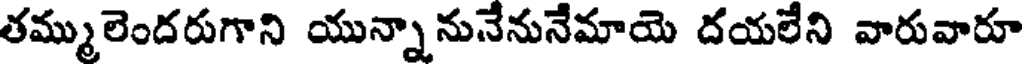
తమ్ములెందరుగాని యున్నానునేనునేమాయె దయలేని వారువారూ